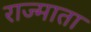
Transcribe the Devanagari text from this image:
राज्माता